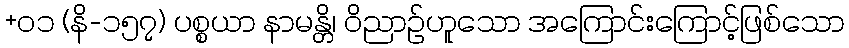
+၀၁ (နိ-၁၅၇) ပစ္စယာ နာမန္တိ၊ ဝိညာဉ်ဟူသော အကြောင်းကြောင့်ဖြစ်သော